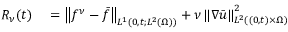
\begin{array} { r l } { R _ { \nu } ( t ) } & { { } = \left\lVert f ^ { \nu } - \bar { f } \right\rVert _ { L ^ { 1 } ( 0 , t ; L ^ { 2 } ( \Omega ) ) } + \nu \left\lVert \nabla \bar { u } \right\rVert _ { L ^ { 2 } ( ( 0 , t ) \times \Omega ) } ^ { 2 } } \end{array}